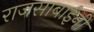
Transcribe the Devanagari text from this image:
राजसाबाईंनी